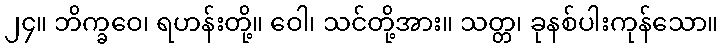
၂၄။ ဘိက္ခဝေ၊ ရဟန်းတို့။ ဝေါ၊ သင်တို့အား။ သတ္တ၊ ခုနစ်ပါးကုန်သော။